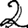
Digit: 2